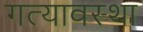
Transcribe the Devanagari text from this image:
गत्यावस्था